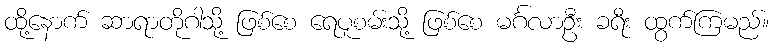
ထို့နောက် ဆာရာတိုဂါသို့ ဖြစ်စေ ရေပူစမ်းသို့ ဖြစ်စေ မင်္ဂလာဦး ခရီး ထွက်ကြမည်။